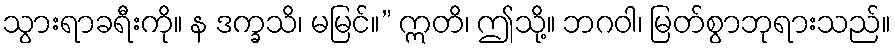
သွားရာခရီးကို။ န ဒက္ခသိ၊ မမြင်။” ဣတိ၊ ဤသို့။ ဘဂဝါ၊ မြတ်စွာဘုရားသည်။